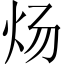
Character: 炀